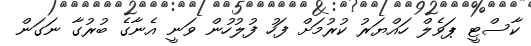
ކާސްޓީ ޕަވެލް ހައްޔަރު ކުރުމަށް ފަހު ފުލުހުން ވަނީ އެނާގެ ބުރުގާ ނަގަން